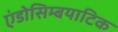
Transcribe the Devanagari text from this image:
एंडोसिम्बयाटिक